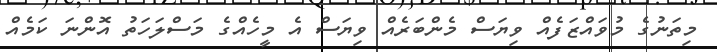
މިތަނުގެ މުވައްޒަފެއް ވިޔަސް މެންބަރެއް ވިޔަސް އެ މީހެއްގެ މަސްލަހަތު އޮންނަ ކަމެއް